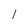
Character: l